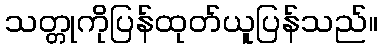
သတ္တုကိုပြန်ထုတ်ယူပြန်သည်။